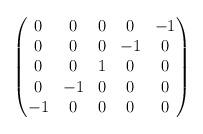
LaTeX: \begin{align*} \begin{pmatrix}0& 0& 0& 0& {-1}\\ 0& 0& 0& {-1}& 0\\ 0& 0& 1& 0& 0\\ 0& {-1}& 0& 0& 0\\ {-1}& 0& 0& 0& 0\\ \end{pmatrix} \end{align*}